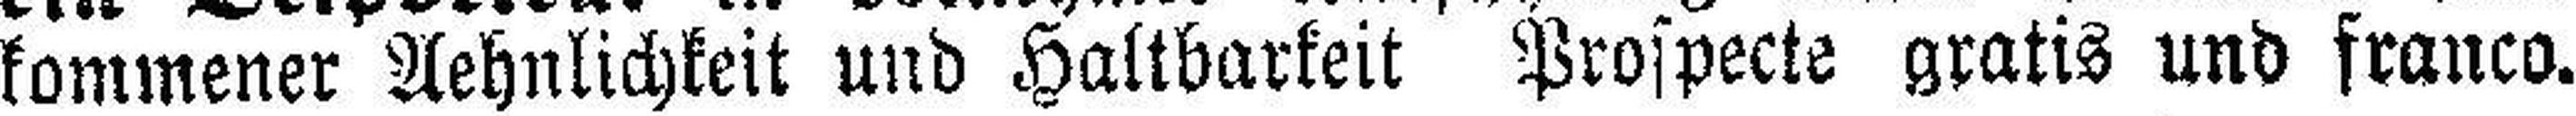
kommener Aehnlichkeit und Haltbarkeit Prospecte gratis und franco.